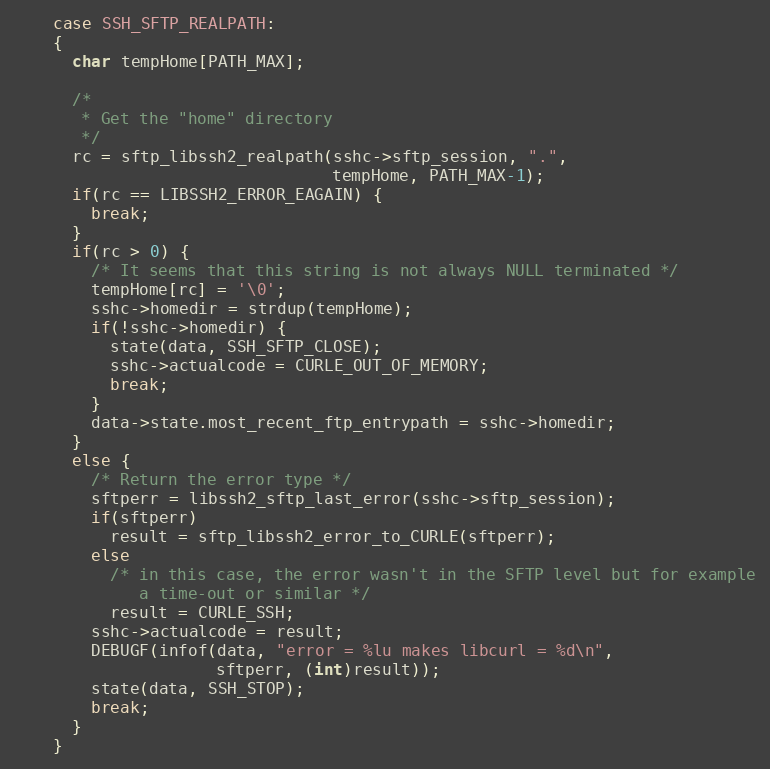
Language: C
    case SSH_SFTP_REALPATH:
    {
      char tempHome[PATH_MAX];

      /*
       * Get the "home" directory
       */
      rc = sftp_libssh2_realpath(sshc->sftp_session, ".",
                                 tempHome, PATH_MAX-1);
      if(rc == LIBSSH2_ERROR_EAGAIN) {
        break;
      }
      if(rc > 0) {
        /* It seems that this string is not always NULL terminated */
        tempHome[rc] = '\0';
        sshc->homedir = strdup(tempHome);
        if(!sshc->homedir) {
          state(data, SSH_SFTP_CLOSE);
          sshc->actualcode = CURLE_OUT_OF_MEMORY;
          break;
        }
        data->state.most_recent_ftp_entrypath = sshc->homedir;
      }
      else {
        /* Return the error type */
        sftperr = libssh2_sftp_last_error(sshc->sftp_session);
        if(sftperr)
          result = sftp_libssh2_error_to_CURLE(sftperr);
        else
          /* in this case, the error wasn't in the SFTP level but for example
             a time-out or similar */
          result = CURLE_SSH;
        sshc->actualcode = result;
        DEBUGF(infof(data, "error = %lu makes libcurl = %d\n",
                     sftperr, (int)result));
        state(data, SSH_STOP);
        break;
      }
    }